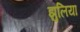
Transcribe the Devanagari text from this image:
झुलिया